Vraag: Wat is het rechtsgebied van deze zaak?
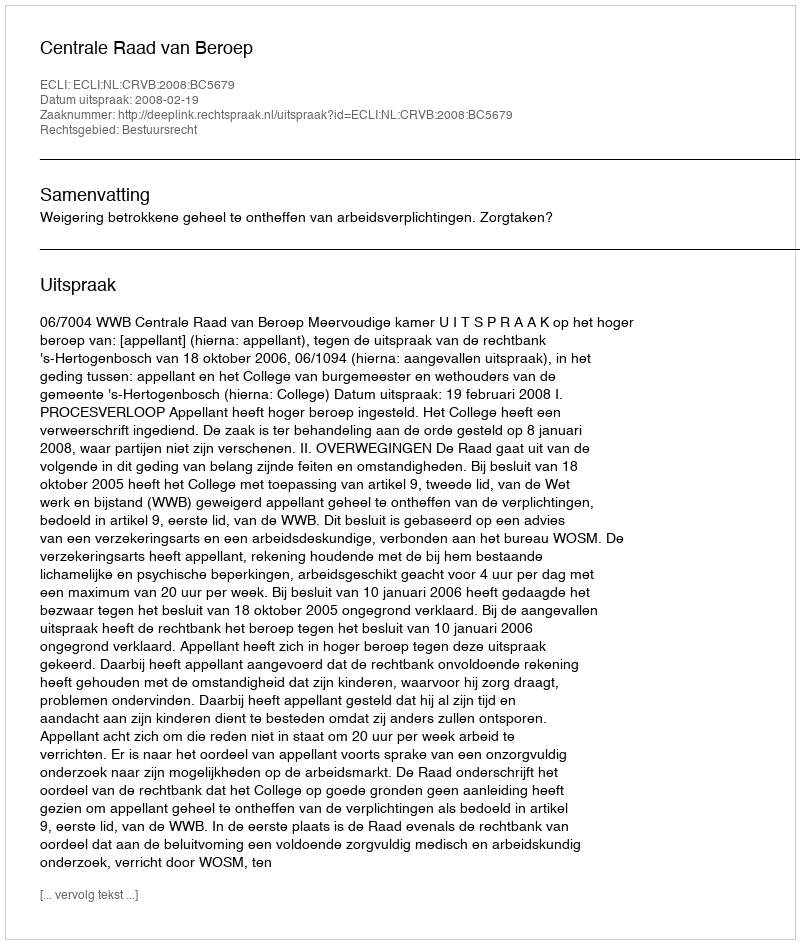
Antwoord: Bestuursrecht